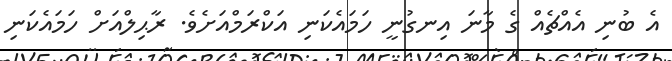
އެ ބުނި އެއްޗެއް ގެ މާނަ އިނގުނީ ހަމައެކަނި އަކްރަމްއަށެވެ. ރާޙިލްއަށް ހަމައެކަނި